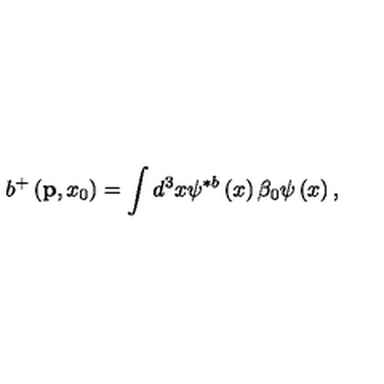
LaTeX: b ^ { + } \left( { \bf p } , x _ { 0 } \right) = \int d ^ { 3 } x \psi ^ { \ast b } \left( x \right) \beta _ { 0 } \psi \left( x \right) ,